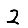
Digit: 2